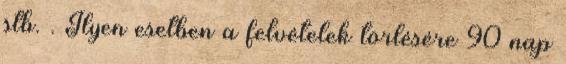
stb. . Ilyen esetben a felvételek törlésére 90 nap